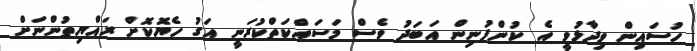
ހުސައިން ވިދާޅުވީ އެ ކުންފުނިން އަބަދު ވެސް މަސައްކަތްކުރަނީ އަގު ހެޔޮކޮށް ރައްޔިތުންނަށް